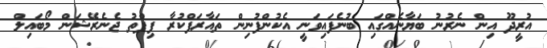
އުރީދޫ އިން ނެރުނު ބަޔާނެއްގައި ބުނެފައިވަނީ އެކުންފުނިން ތައާރަފްކުރާ ފިފްތު ޖެނެރޭޝަން މޯބައިލް